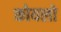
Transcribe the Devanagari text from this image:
कोयलो